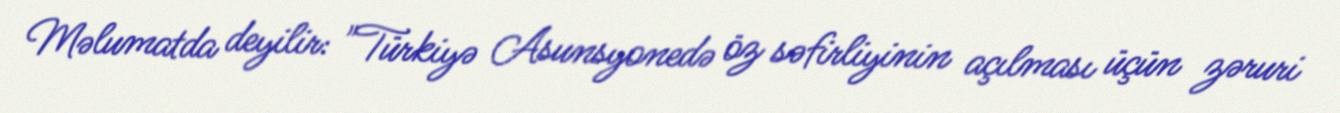
Məlumatda deyilir: "Türkiyə Asunsyonedə öz səfirliyinin açılması üçün zəruri